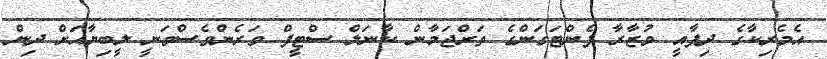
އެމެރިކާގެ ދިފާއީ ވުޒާރާ ޕެންޓަގަންގެ ތަރްޖަމާން ކާނަލް ސްޓީފް ވަރެންވެސްވަނީ ލީބިޔާއަށް ދިން